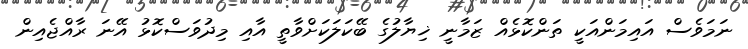
ނަމަވެސް އައިމަންއަކީ ތަންކޮޅެއް ޒަމާނީ ޚިޔާލުގެ ބޭކަލަކަށްވާތީ އާއި މިދުވަސްކޮޅު އޭނަ ރާއްޖެއިން